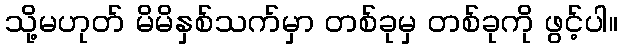
သို့မဟုတ် မိမိနှစ်သက်မှာ တစ်ခုမှ တစ်ခုကို ဖွင့်ပါ။